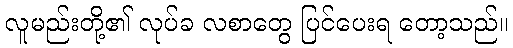
လူမည်းတို့၏ လုပ်ခ လစာတွေ ပြင်ပေးရ တော့သည်။